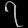
Digit: ၇